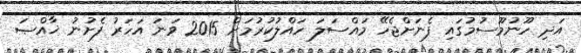
އަދި ހޫނުމޫސުމުގައި ފެނަށްޖެހޭ މައްސަލަ ހައްލުކުރުމަށް 2015 ވަނަ އަހަރު ފެށުނު ޚާއްޞަ